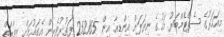
މިއަހަރުގެ ސެޕްޓެމްބަރު މަހުގެ ނިޔަލަށް އިންޑިއާ އިން 252165 ފަތުރުވެރިން އެގައުމަށް ޒިޔާރަތް